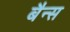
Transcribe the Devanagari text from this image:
बैन्स